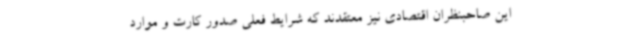
این صاحبنظران اقتصادی نیز معتقدند که شرایط فعلی صدور کارت و موارد